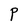
Character: P